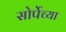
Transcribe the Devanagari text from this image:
सोर्पेच्या